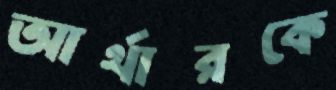
আর্থারকে